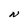
Character: N